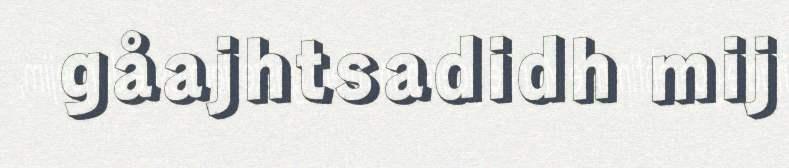
gåajhtsadidh mij